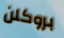
بروكلن